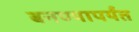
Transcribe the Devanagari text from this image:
बनण्यापर्यंत